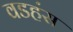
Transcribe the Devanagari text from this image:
वडहंस